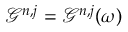
\mathcal { G } ^ { n , j } = \mathcal { G } ^ { n , j } ( \omega )